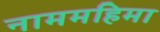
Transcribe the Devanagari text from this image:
नाममहिमा